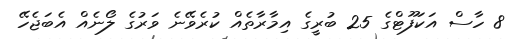
8 ހާސް އަކަފޫޓްގެ 25 ބުރީގެ އިމާރާތެއް ކުރެވޭނެ ވަރުގެ ލޯނެއް އެބަޖެހޭ